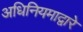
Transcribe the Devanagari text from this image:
अधिनियमाद्वारे